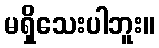
မရှိသေးပါဘူး။